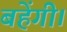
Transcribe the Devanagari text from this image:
बहेंगी।